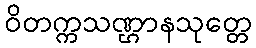
ဝိတက္ကသဏ္ဌာနသုတ္တေ